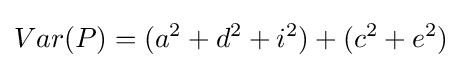
Var(P)=(a^{2}+d^{2}+i^{2})+(c^{2}+e^{2})